Tezpur Lunatic Asylum reports 1877-1894 - 1877-1894
Year: 1877
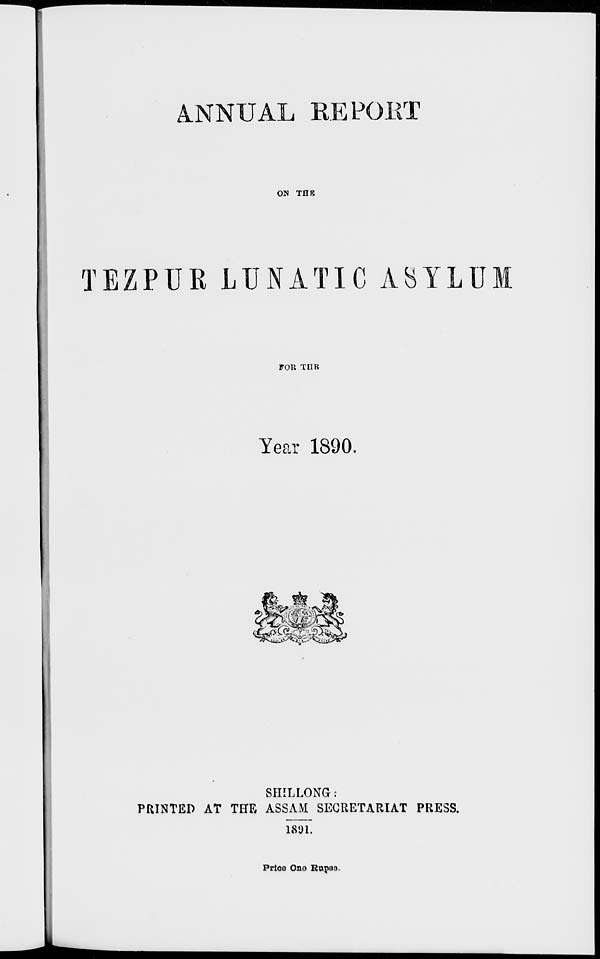
ANNUAL REPORT
ON THR
TEZPTJR LUNATIC A8YLU
FOR TnR
Year 1890.
SHILLONG :
PRINTED AT THE ASSAM SECRETARIAT PRESS.
1891,
Prtce Ono Rupea.